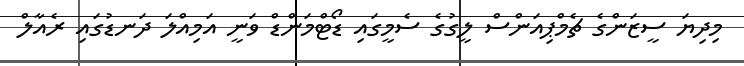
މިދިޔަ ސީޒަންގެ ޗެމްޕިއަންސް ލީގުގެ ސެމީގައި ޑޯޓްމަންޑް ވަނީ އަމިއްލަ ދަނޑުގައި ރެއާލް